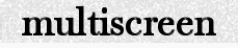
multiscreen